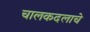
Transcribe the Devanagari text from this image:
चालकदलाचे